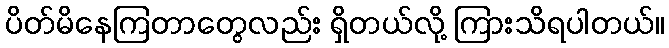
ပိတ်မိနေကြတာတွေလည်း ရှိတယ်လို့ ကြားသိရပါတယ်။